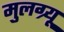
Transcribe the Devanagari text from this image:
मुलग्र्यू